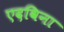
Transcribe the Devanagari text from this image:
एदविना